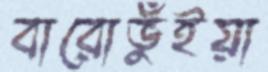
বারোভুঁইয়া